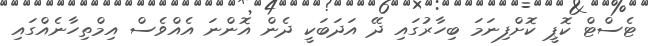
ޓެސްޓް ކޮޕީ ކޮށްފިނަމަ ބިހާރުގައި ދޭ އަދަބަކީ ދެން އޮންނަ އެއްވެސް އިމްތިހާނެއްގައި